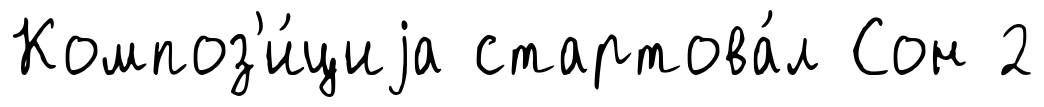
Композ'и́циjа стартова́л Сон 2